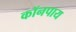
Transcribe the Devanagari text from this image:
कॉनपाय